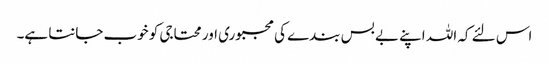
اس لئے کہ اللہ اپنے بے بس بندے کی مجبوری اور محتاجی کو خوب جانتا ہے۔